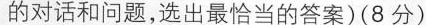
的对话和问题,选出最恰当的答案)(8 分)